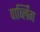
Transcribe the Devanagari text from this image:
वार्ब्लिंग